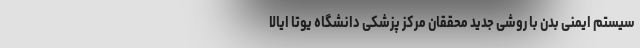
سیستم ایمنی بدن با روشی جدید محققان مرکز پزشکی دانشگاه یوتا ایالا